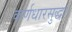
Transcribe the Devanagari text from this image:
कर्णधारसुद्धा